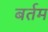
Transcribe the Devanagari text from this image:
बर्तम